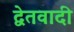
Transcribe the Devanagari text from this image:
द्वेतवादी